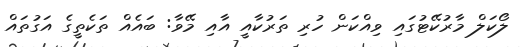
ލޯކަލް މާރުކޭޓުގައި ވިއްކަން ހުރި ތަރުކާއީ އާއި މޭވާ: ބައެއް ތަކެތީގެ އަގުތައް